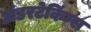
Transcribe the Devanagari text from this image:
अंडरटेकिंग्स